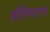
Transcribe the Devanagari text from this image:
हॉस्पिटल